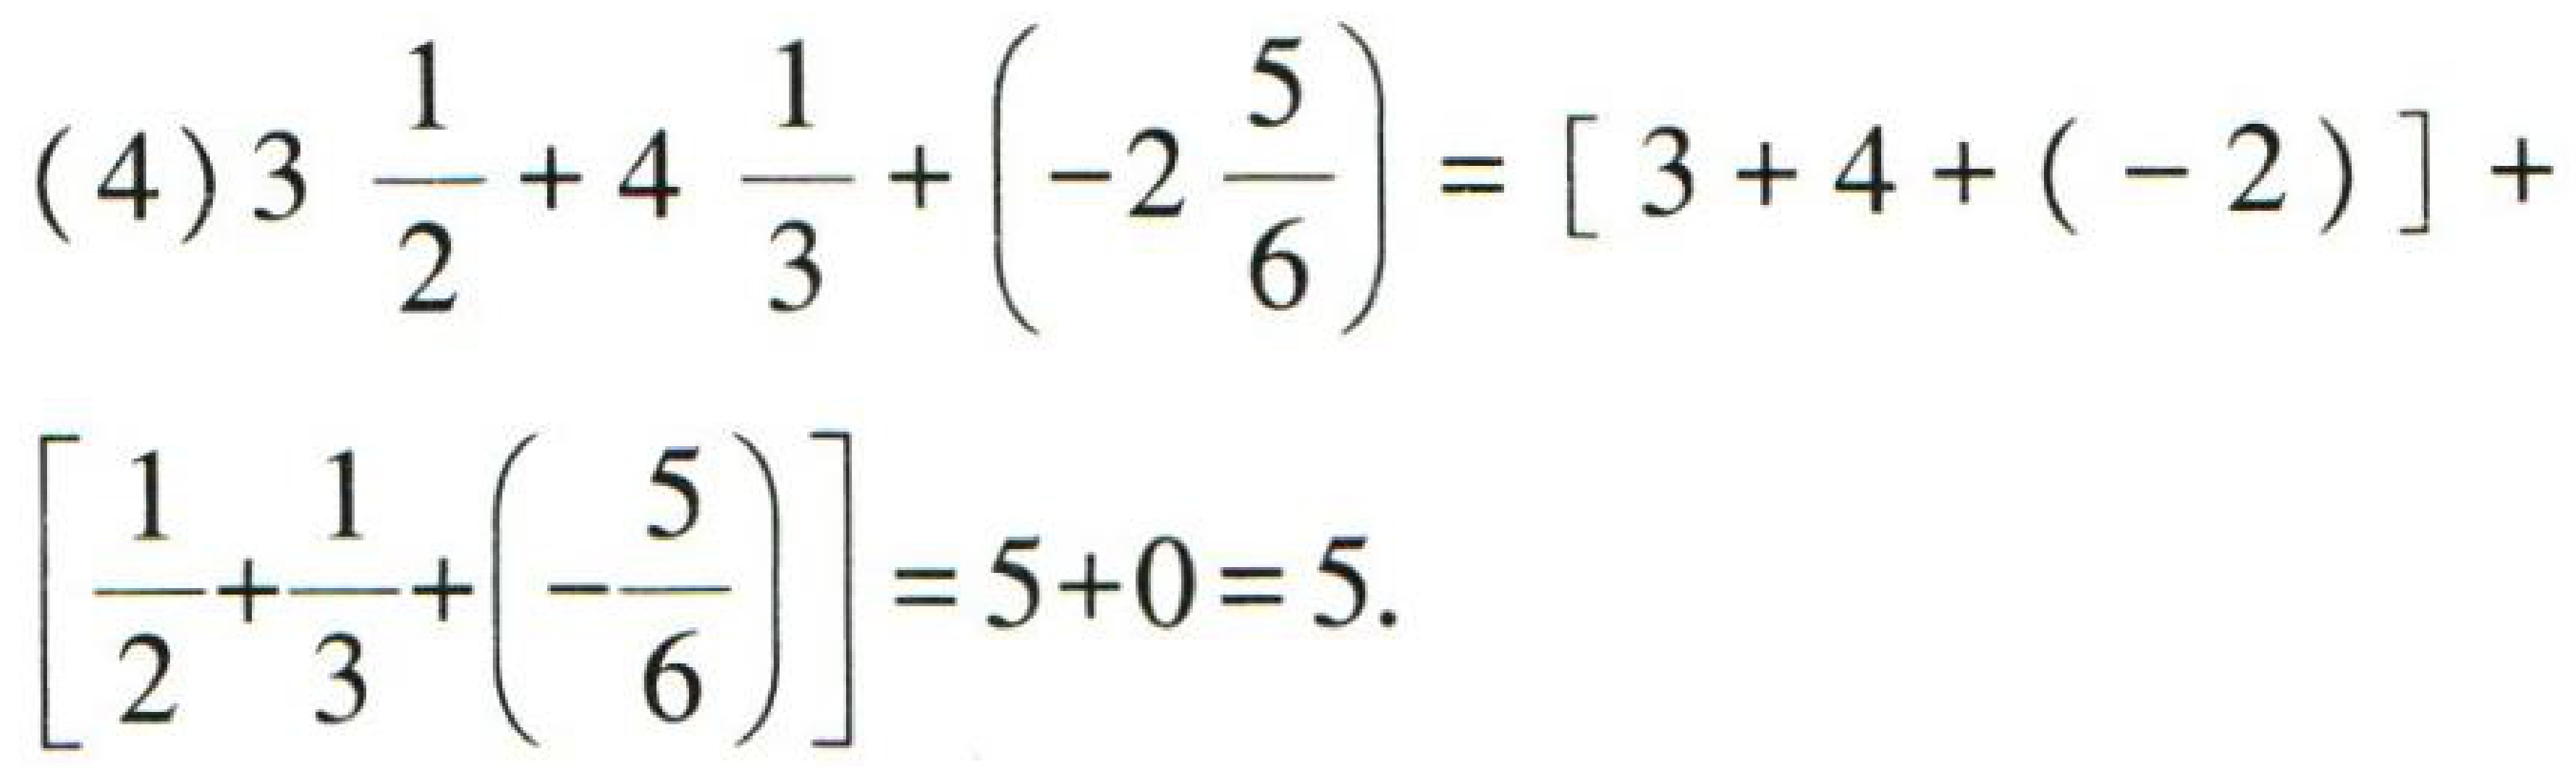
\[(4)3\frac{1}{2}+4\frac{1}{3}+\left(-2\frac{5}{6}\right)=[3 + 4+(-2)]+\left[\frac{1}{2}+\frac{1}{3}+\left(-\frac{5}{6}\right)\right]=5 + 0=5.\]